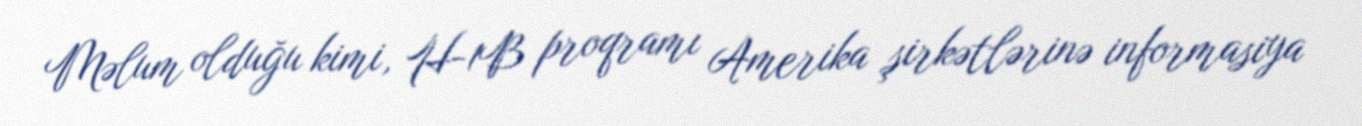
Məlum olduğu kimi, H-1B proqramı Amerika şirkətlərinə informasiya